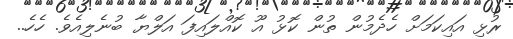
ރުޅި އައިކަމަށް ހެދެމުން ތުން ކޮޅު އޫ ކޮއްލައިފަ އަލްޔާ ބުނެލިއެވެ. ހެހެ..